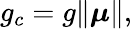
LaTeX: \begin{array}{r}{g_{c}=g\lVert\boldsymbol{\mu}\rVert,}\end{array}